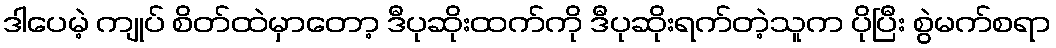
ဒါပေမဲ့ ကျုပ် စိတ်ထဲမှာတော့ ဒီပုဆိုးထက်ကို ဒီပုဆိုးရက်တဲ့သူက ပိုပြီး စွဲမက်စရာ